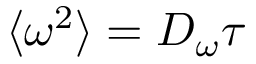
\langle \omega ^ { 2 } \rangle = D _ { \omega } \tau